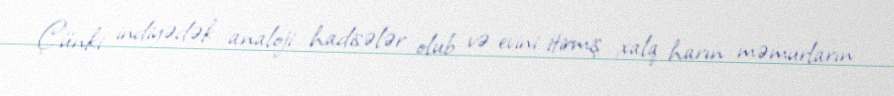
Çünki indiyədək analoji hadisələr olub və evini itirmiş xalq harın məmurların